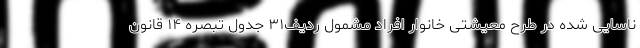
ناسایی شده در طرح معیشتی خانوار افراد مشمول ردیف۳۱ جدول تبصره ۱۴ قانون